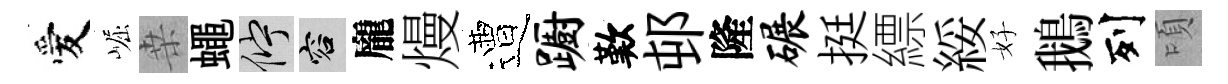
愛崛桒蠅伫容龐熳遭蹰歎邨隆碾挺縹綏好鵝列頃